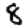
Digit: 8